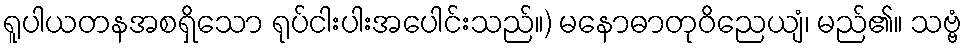
ရူပါယတနအစရှိသော ရုပ်ငါးပါးအပေါင်းသည်။) မနောဓာတုဝိညေယျံ၊ မည်၏။ သဗ္ဗံ